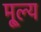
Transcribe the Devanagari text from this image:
मू्ल्य